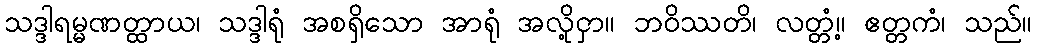
သဒ္ဒါရမ္မဏတ္ထာယ၊ သဒ္ဒါရုံ အစရှိသော အာရုံ အလို့ငှာ။ ဘဝိဿတိ၊ လတ္တံ့။ ဧတ္တကံ၊ သည်။